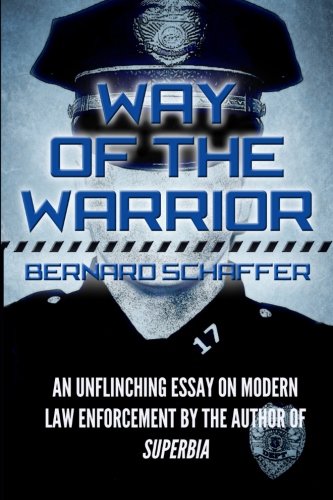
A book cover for Way of the Warrior: The Philosophy of Law Enforcement (Superbia); Bernard Schaffer; Law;